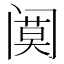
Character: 𲉆